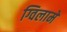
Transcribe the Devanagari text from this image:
ग्विलामे